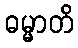
ဓမ္မာတိ